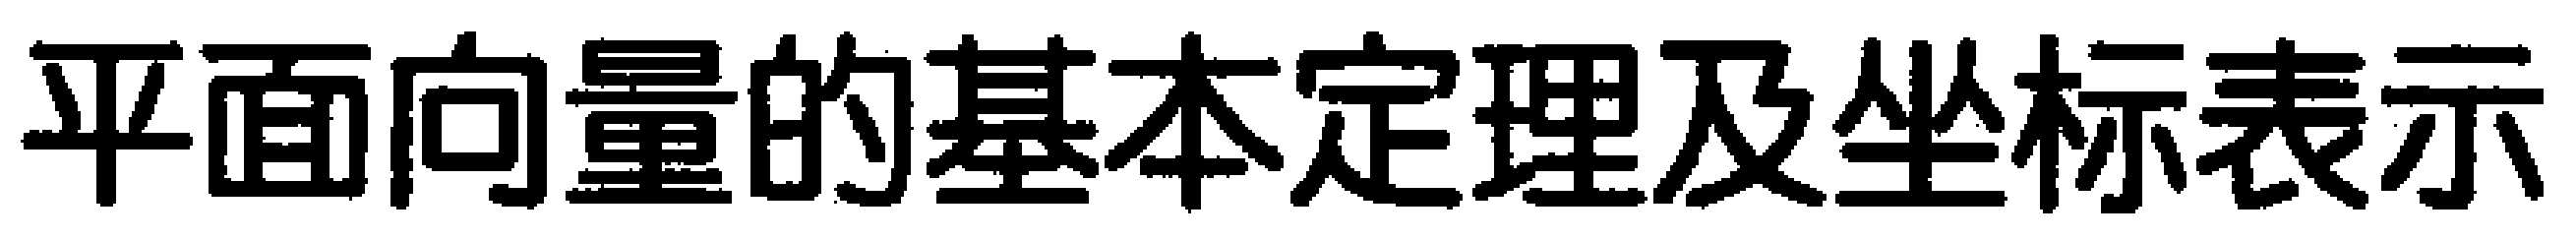
平面向量的基本定理及坐标表示